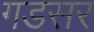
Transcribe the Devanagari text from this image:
गडसर